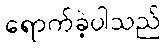
ရောက်ခဲ့ပါသည်